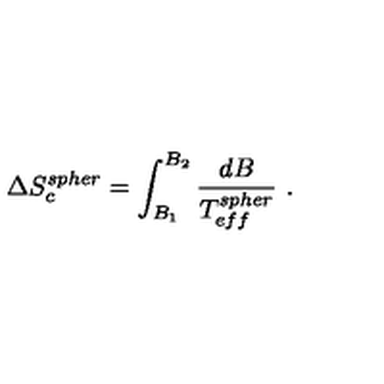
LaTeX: \Delta S _ { c } ^ { s p h e r } = \int _ { B _ { 1 } } ^ { B _ { 2 } } \frac { d B } { T _ { e f f } ^ { s p h e r } } \ .